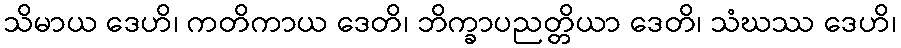
သိမာယ ဒေဟိ၊ ကတိကာယ ဒေတိ၊ ဘိက္ခာပညတ္တိယာ ဒေတိ၊ သံဃဿ ဒေဟိ၊